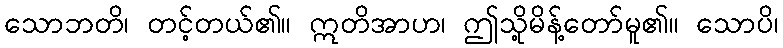
သောဘတိ၊ တင့်တယ်၏။ ဣတိအာဟ၊ ဤသို့မိန့်တော်မူ၏။ သောပိ၊